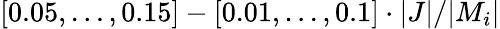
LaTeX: [0.05,\dots,0.15]-[0.01,\dots,0.1]\cdot|J|/|M_{i}|